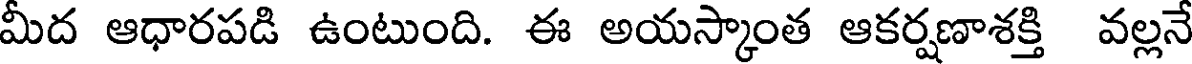
మీద ఆధారపడి ఉంటుంది. ఈ అయస్కాంత ఆకర్షణాశక్తి వల్లనే